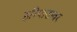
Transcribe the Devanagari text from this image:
हरिपाठावर